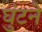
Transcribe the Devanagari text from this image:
घुंटने